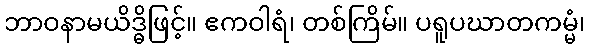
ဘာဝနာမယိဒ္ဓိဖြင့်။ ဧကဝါရံ၊ တစ်ကြိမ်။ ပရူပဃာတကမ္မံ၊